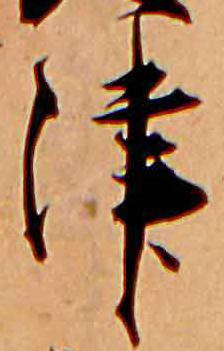
津